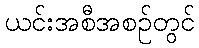
ယင်းအစီအစဉ်တွင်